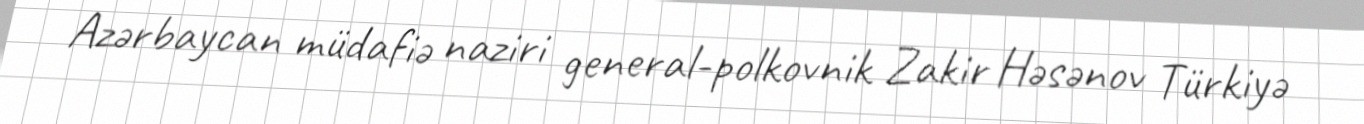
Azərbaycan müdafiə naziri general-polkovnik Zakir Həsənov Türkiyə